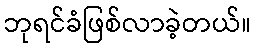
ဘုရင်ခံဖြစ်လာခဲ့တယ်။